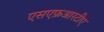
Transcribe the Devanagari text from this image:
एसएफ़आरटीए